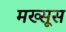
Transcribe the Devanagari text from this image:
मख्सूस